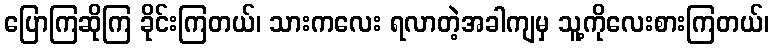
ပြောကြဆိုကြ ခိုင်းကြတယ်၊ သားကလေး ရလာတဲ့အခါကျမှ သူ့ကိုလေးစားကြတယ်၊